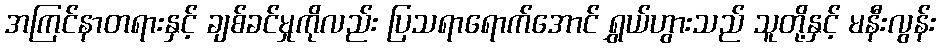
အကြင်နာတရားနှင့် ချစ်ခင်မှုကိုလည်း ပြသရာရောက်အောင် ရွှယ်ဟွားသည် သူတို့နှင့် မနီးလွန်း